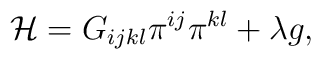
{\cal H} = G_{ijkl} \pi^{ij} \pi^{kl} + \lambda g,